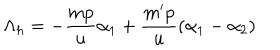
LaTeX: \Lambda _ { h } = - \frac { m p } { u } \alpha _ { 1 } + \frac { m ^ { \prime } p } { u } ( \alpha _ { 1 } - \alpha _ { 2 } )